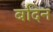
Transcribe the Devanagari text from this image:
बदिन